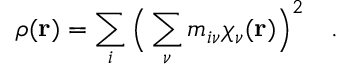
\rho ( \mathbf { r } ) = \sum _ { i } \Big ( \sum _ { \nu } m _ { i \nu } \chi _ { \nu } ( \mathbf { r } ) \Big ) ^ { 2 } \quad .